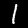
Label: 1